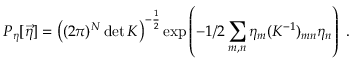
P _ { \eta } [ \vec { \eta } ] = \left( ( 2 \pi ) ^ { N } \operatorname* { d e t } K \right) ^ { - \frac { 1 } { 2 } } \exp \left( - 1 / 2 \sum _ { m , n } \eta _ { m } ( K ^ { - 1 } ) _ { m n } \eta _ { n } \right) \ .